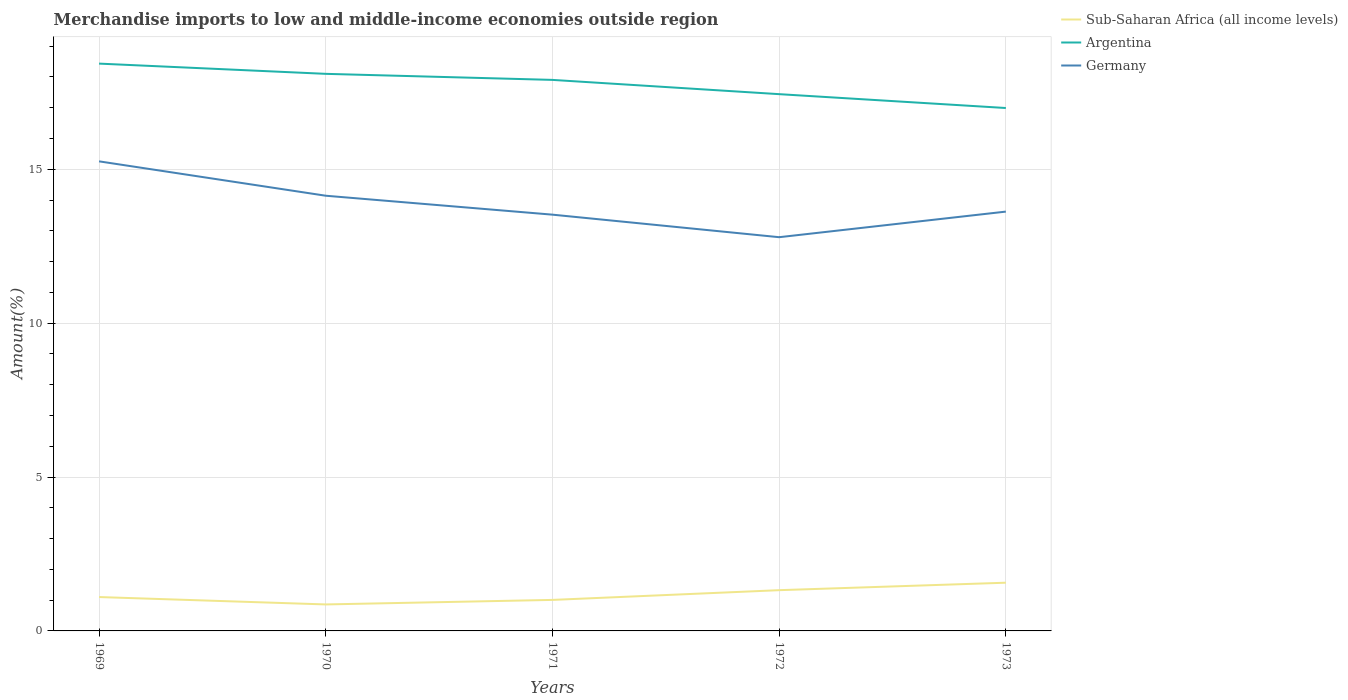
| Years | Sub-Saharan Africa (all income levels) | Argentina | Germany |
 | --- | --- | --- | --- |
 | 1969 | 1.1 | 18.4 | 15.3 |
 | 1970 | 0.86 | 18.1 | 14.1 |
 | 1971 | 1.01 | 17.9 | 13.5 |
 | 1972 | 1.32 | 17.4 | 12.8 |
 | 1973 | 1.57 | 17 | 13.6 |